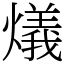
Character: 燨